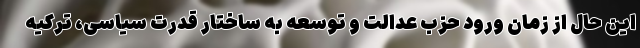
این حال از زمان ورود حزب عدالت و توسعه به ساختار قدرت سیاسی، ترکیه